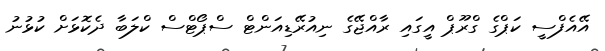
އޭއެފްސީ ކަޕްގެ ގްރޫޕް އީގައި ރާއްޖޭގެ ނިއުރޭޑިއަންޓް ސްޕޯޓްސް ކްލަބާ ދެކޮޅަށް ކުޅުނު